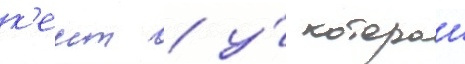
к'еит / у́ которои